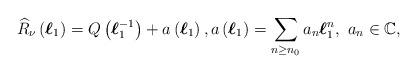
LaTeX: \begin{align*}\widehat{R}_{\nu}\left(\boldsymbol{\ell}_{1}\right)=Q\left(\boldsymbol{\ell}_{1}^{-1}\right)+a\left(\boldsymbol{\ell}_{1}\right),a\left(\boldsymbol{\ell}_{1}\right)=\sum_{n\ge n_{0}}a_{n}\boldsymbol{\ell}_{1}^{n},\ a_n\in\mathbb C,\end{align*}